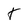
Character: t